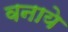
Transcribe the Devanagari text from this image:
वनाये